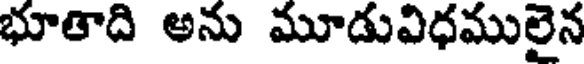
భూతాది అను మూడువిధములైన